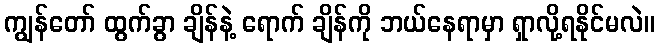
ကျွန်တော် ထွက်ခွာ ချိန်နဲ့ ရောက် ချိန်ကို ဘယ်နေရာမှာ ရှာလို့ရနိုင်မလဲ။